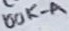
Text: 100K-A